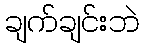
ချက်ချင်းဘဲ